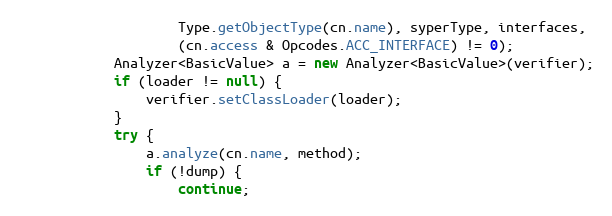
Language: Java
                    Type.getObjectType(cn.name), syperType, interfaces,
                    (cn.access & Opcodes.ACC_INTERFACE) != 0);
            Analyzer<BasicValue> a = new Analyzer<BasicValue>(verifier);
            if (loader != null) {
                verifier.setClassLoader(loader);
            }
            try {
                a.analyze(cn.name, method);
                if (!dump) {
                    continue;